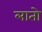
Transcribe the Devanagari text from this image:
लातो